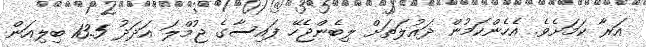
އަރާ ކަމަށެވެ. އެހެންކަމުން ދައުލަތަށް ލިބެންޖެހޭ ފައިސާގެ ޖުމްލަ އަދަދު 13.5 ބިލިއަން